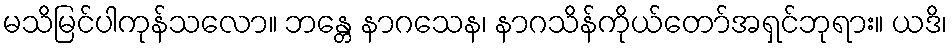
မသိမြင်ပါကုန်သလော။ ဘန္တေ နာဂသေန၊ နာဂသိန်ကိုယ်တော်အရှင်ဘုရား။ ယဒိ၊